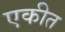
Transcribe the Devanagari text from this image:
एकीत